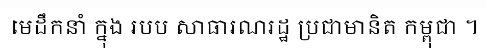
មេដឹកនាំ ក្នុង របប សាធារណរដ្ឋ ប្រជាមានិត កម្ពុជា ។